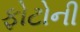
ફોટોની